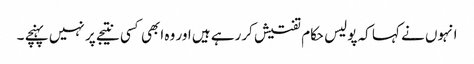
انہوں نے کہا کہ پولیس حکام تفتیش کررہے ہیں اور وہ ابھی کسی نتیجے پر نہیں پہنچے ۔